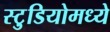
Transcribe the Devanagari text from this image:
स्टु़डियोमध्ये